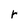
Character: r